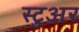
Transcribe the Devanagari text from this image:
स्टुअर